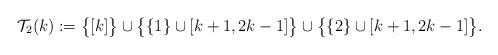
LaTeX: \begin{align*}\mathcal T_2(k):=\big\{[k]\big\}\cup \big\{\{1\}\cup [k+1,2k-1]\big\}\cup \big\{\{2\}\cup [k+1,2k-1]\big\}.\end{align*}